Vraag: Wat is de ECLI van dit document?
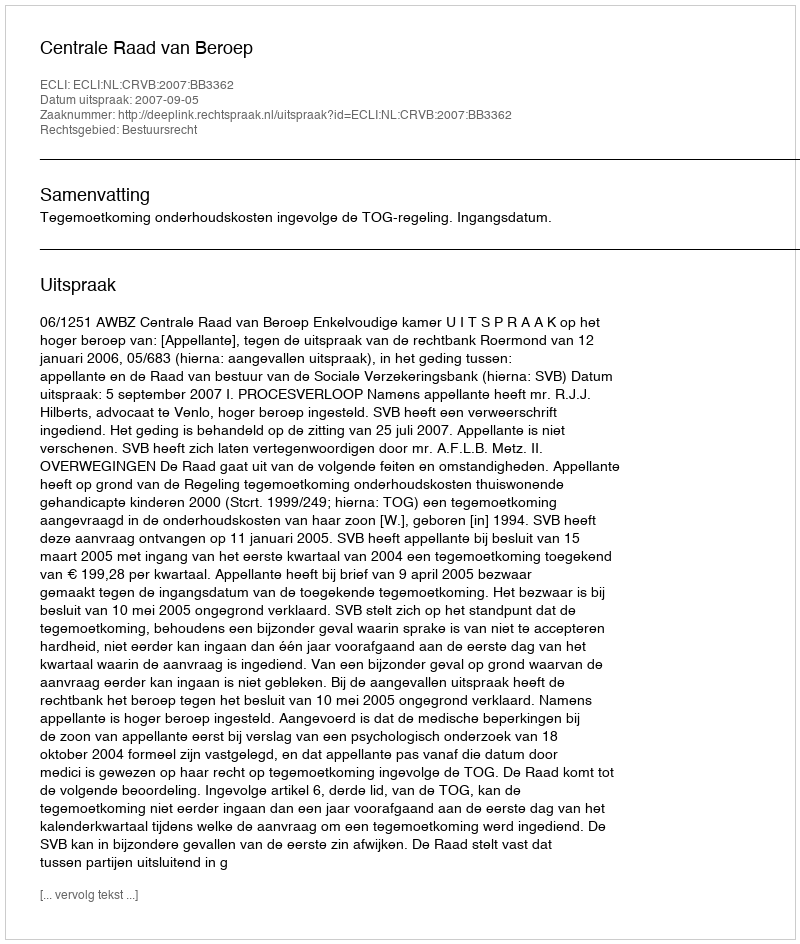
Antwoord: ECLI:NL:CRVB:2007:BB3362